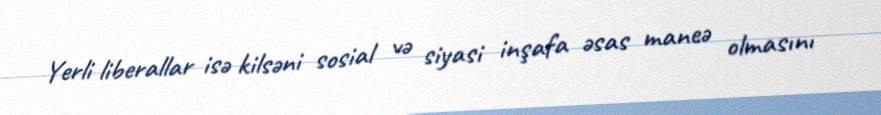
Yerli liberallar isə kilsəni sosial və siyasi inşafa əsas maneə olmasını